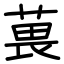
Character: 葨